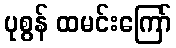
ပုစွန် ထမင်းကြော်